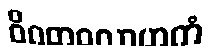
ဝိဂတဝလာဟကံ